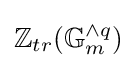
\mathbb {Z} _{tr}(\mathbb {G} _{m}^{\wedge q})